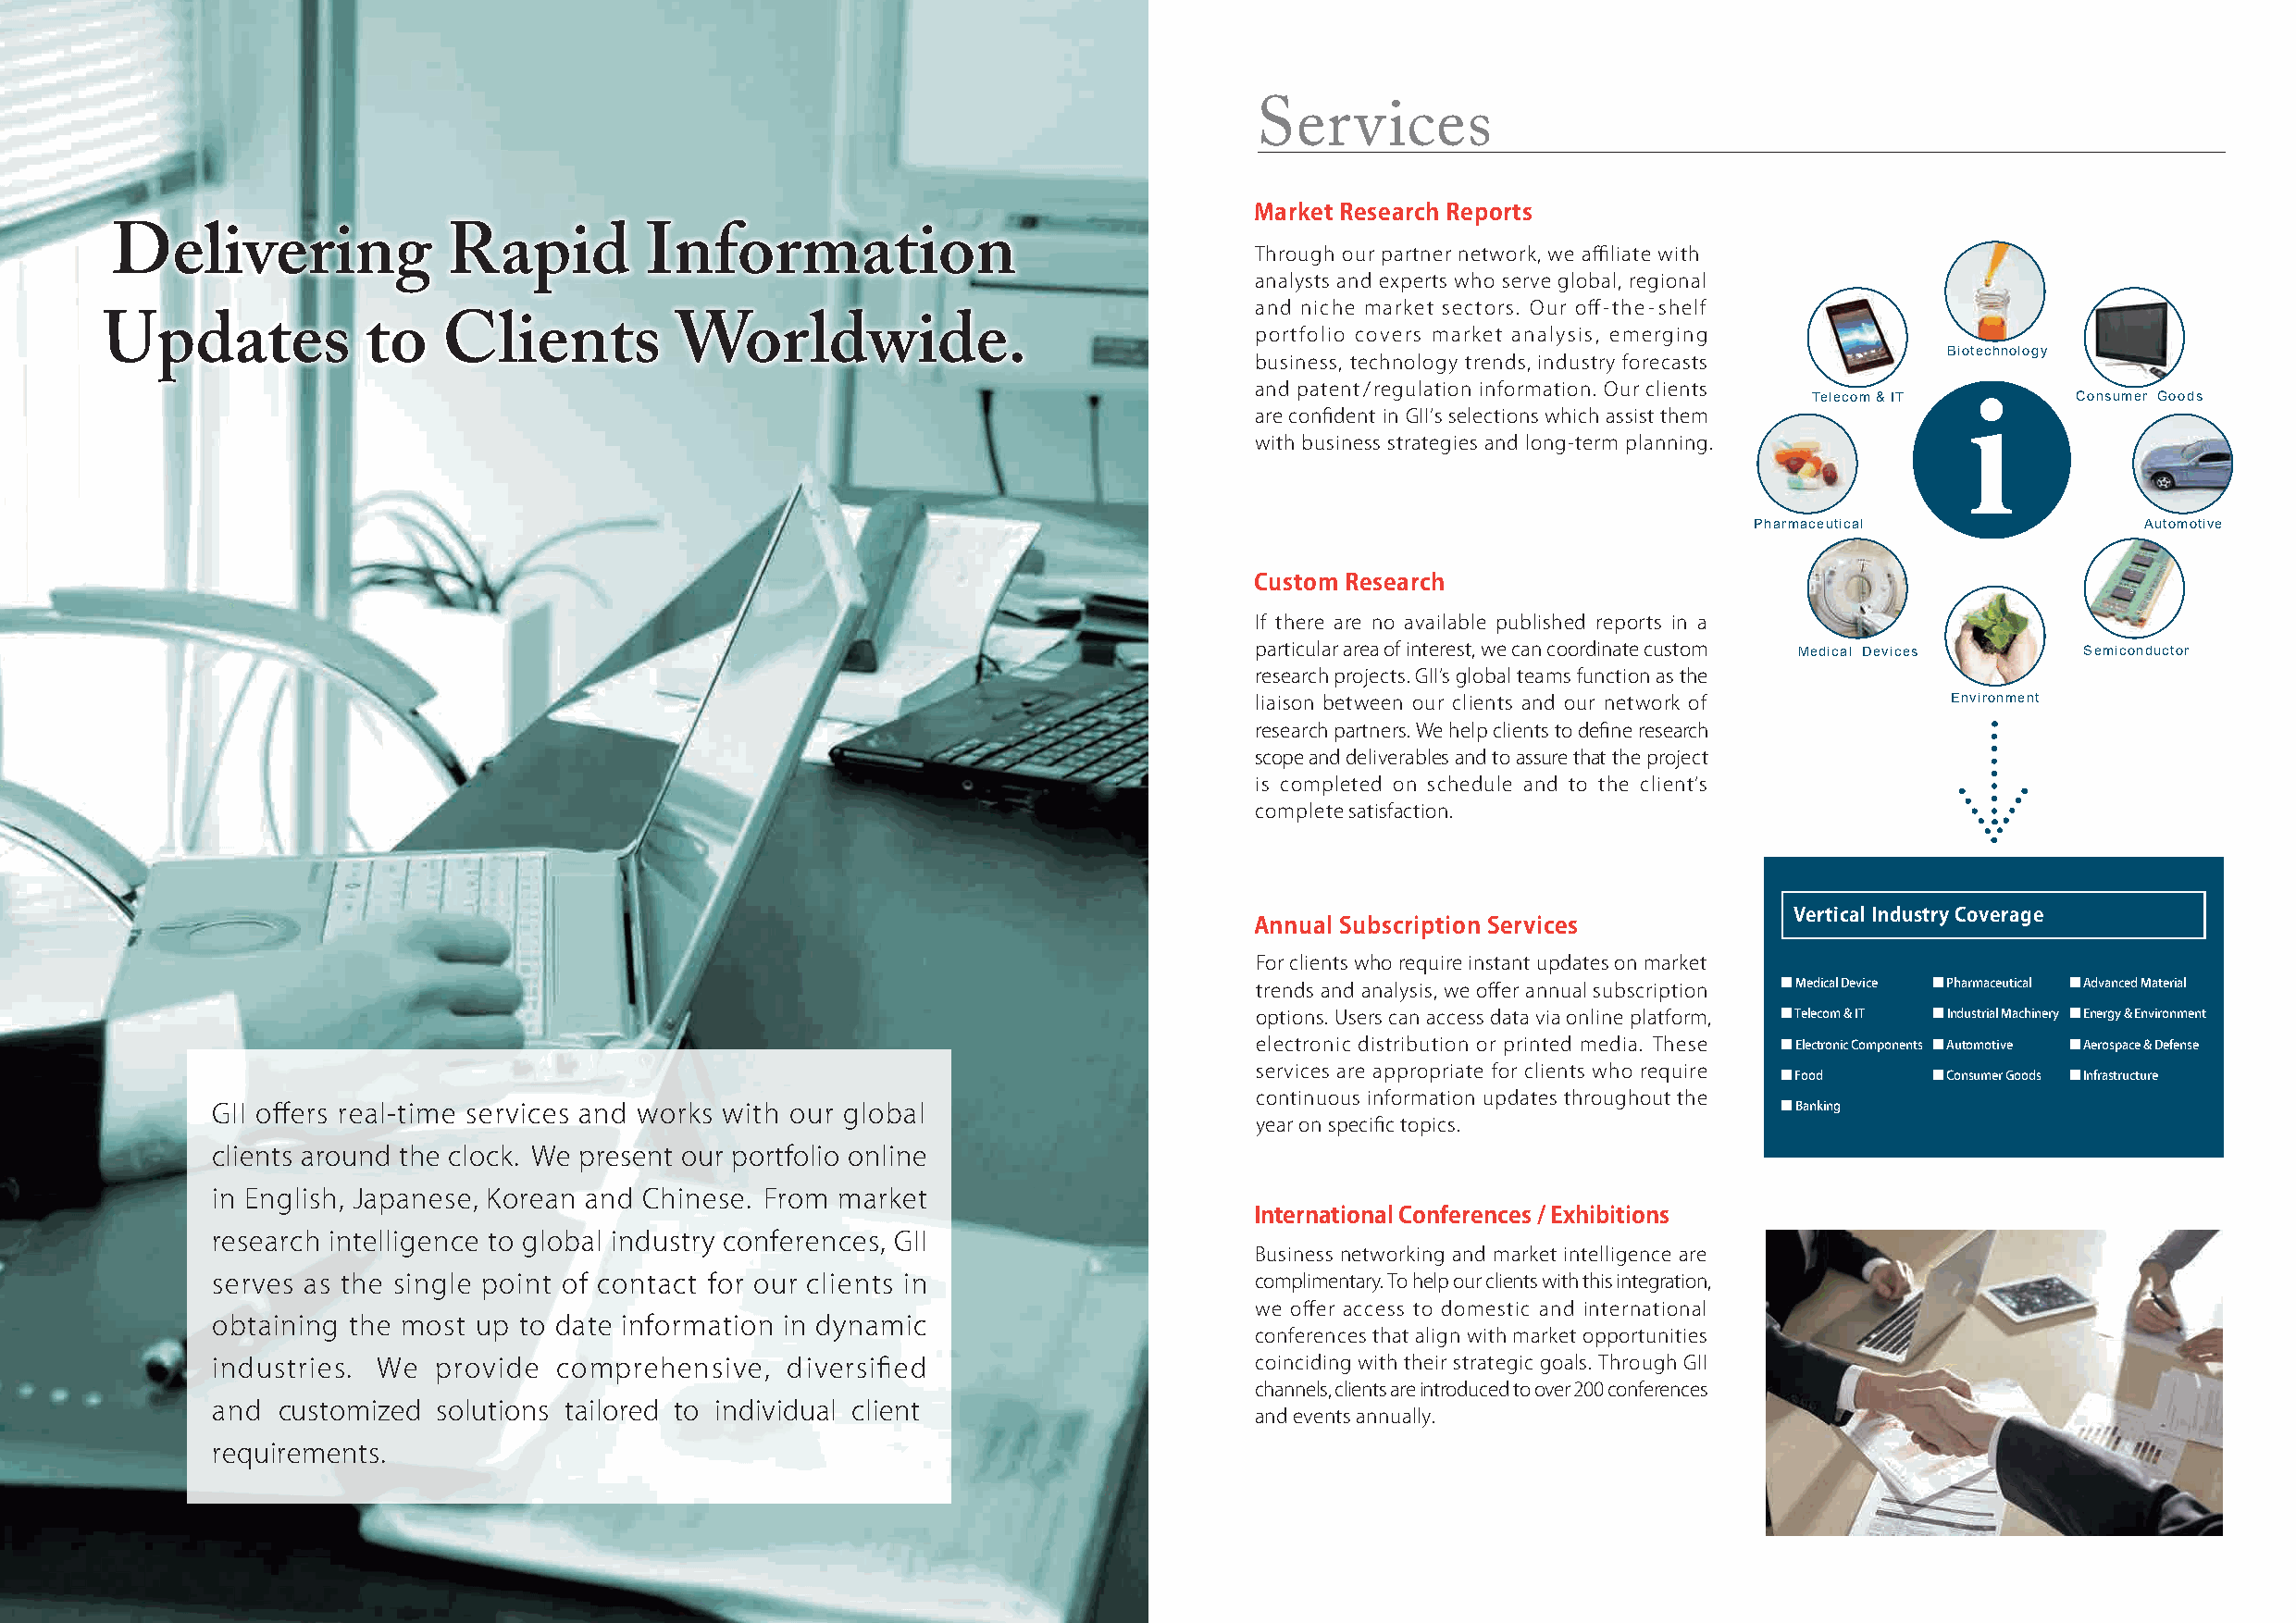
Services
 Market Research Reports
 Delivering              Rapid         Information                                 Through our partner network, we affiliate with
 analysts and experts who serve global, regional
 and niche market sectors. Our off-the-shelf
 portfolio covers market analysis, emerging
 Updates            to    Clients         Worldwide.
 Biotechnology
 business, technology trends, industry forecasts
 and patent/regulation information. Our clients
 Telecom & IT      Consumer Goods
 are confident in GIIʼs selections which assist them
 with business strategies and long-term planning.
 Pharmaceutical              Automotive
 Custom Research
 If there are no available published reports in a
 particular area of interest, we can coordinate custom Medical Devices Semiconductor
 research projects. GIIʼs global teams function as the
 liaison between our clients and our network of    Environment
 research partners. We help clients to define research
 scope and deliverables and to assure that the project
 is completed on schedule and to the clientʼs
 complete satisfaction.
 Vertical Industry Coverage
 Annual Subscription Services
 For clients who require instant updates on market
 trends and analysis, we offer annual subscription ■ Medical Device ■ Pharmaceutical ■ Advanced Material
 options. Users can access data via online platform, ■ Telecom & IT ■ Industrial Machinery ■ Energy & Environment
 electronic distribution or printed media. These ■ Electronic Components ■ Automotive ■ Aerospace & Defense
 services are appropriate for clients who require
 ■ Food     ■ Consumer Goods ■ Infrastructure
 continuous information updates throughout the
 GII offers real-time services and works with our global                                                         ■ Banking
 year on specific topics.
 clients around the clock. We present our portfolio online
 in English, Japanese, Korean and Chinese. From market
 International Conferences / Exhibitions
 research intelligence to global industry conferences, GII
 Business networking and market intelligence are
 serves as the single point of contact for our clients in                   complimentary. To help our clients with this integration,
 we offer access to domestic and international
 obtaining the most up to date information in dynamic
 conferences that align with market opportunities
 industries. We  provide  comprehensive,  diversified                       coinciding with their strategic goals. Through GII
 channels, clients are introduced to over 200 conferences
 and  customized solutions tailored to individual client
 and events annually.
 requirements.